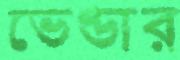
ভেণ্ডার